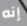
إنه